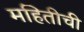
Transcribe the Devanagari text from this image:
महितीची